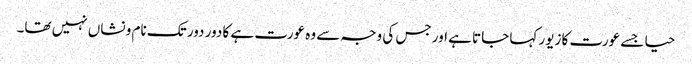
حیا جسے عورت کا زیور کہا جاتا ہے اور جس کی وجہ سے وہ عورت ہے کا دور دور تک نام و نشاں نہیں تھا۔